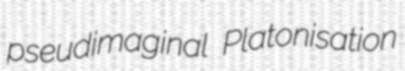
pseudimaginal Platonisation